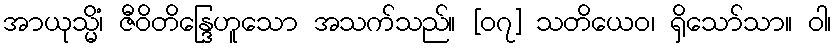
အာယုသ္မိံ၊ ဇီဝိတိန္ဒြေဟူသော အသက်သည်။ [၀၇] သတိယေဝ၊ ရှိသော်သာ။ ဝါ၊